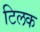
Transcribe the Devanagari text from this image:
टिलक